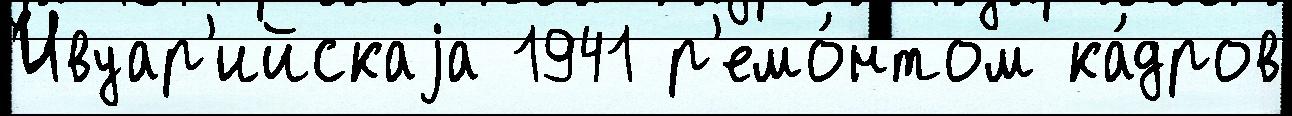
Ивуар'ийскаjа 1941 р'емо́нтом ка́дров